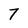
Character: 7